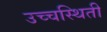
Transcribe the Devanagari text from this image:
उच्चस्थिती